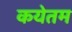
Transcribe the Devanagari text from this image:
कयेतम